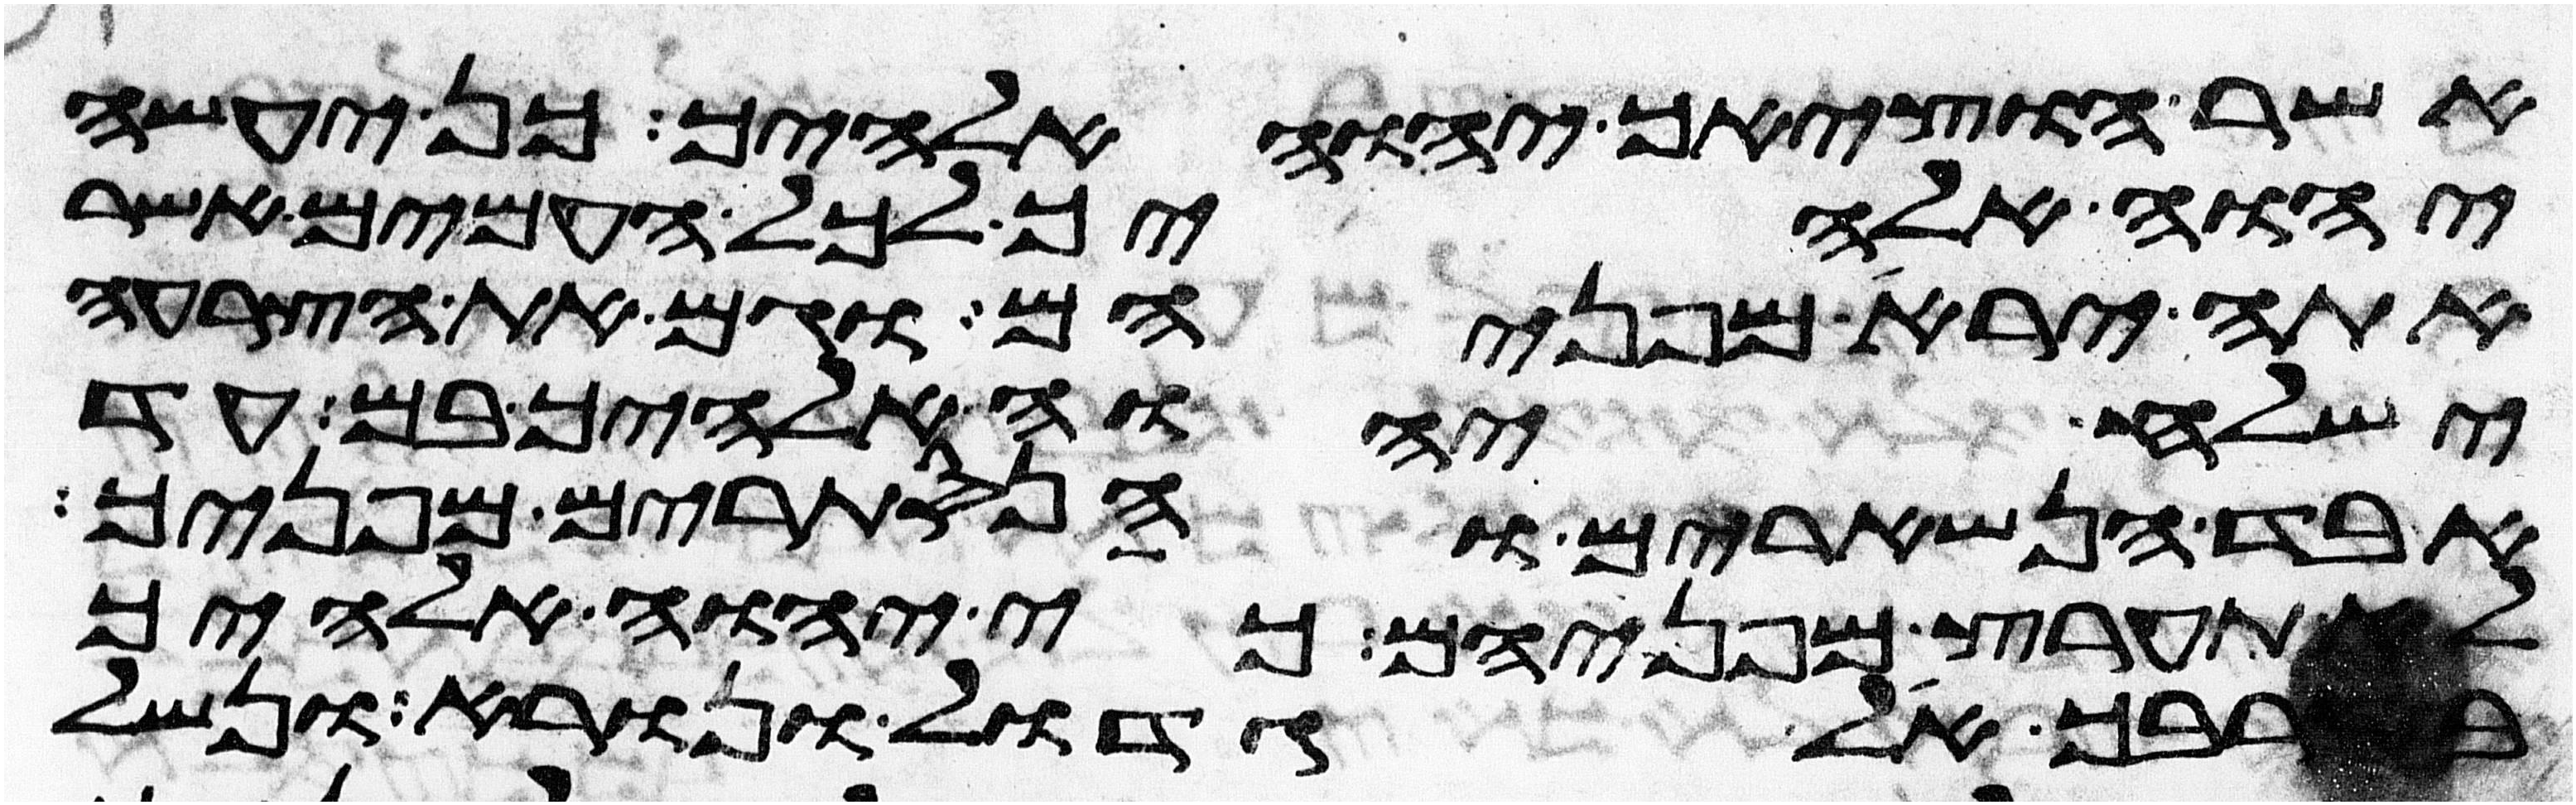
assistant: אשר הוציאך יהוה אלהיך כן יעשה
יהוה אלהיך לכל העמים אשר
אתה ירא מפניהם וגם את הצרעה
ישלח יהוה אלהיך בם עד
אבד הנשארים והנסתרים מפניך
לא תערץ מפניהם כי יהוה אלהיך
בקרבך אל גדול ונורא ונשל